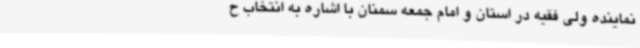
نماینده ولی فقیه در استان و امام‌ جمعه سمنان با اشاره به انتخاب ح